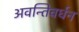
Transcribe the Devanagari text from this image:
अवन्तिवर्धन